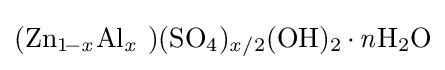
{(\mathrm {Zn} {\vphantom {A}}_{\smash[{t}]{1\!-{\mathit {x}}}}\mathrm {Al} {\vphantom {A}}_{\smash[{t}]{\mathit {x}}}~)(\mathrm {SO} {\vphantom {A}}_{\smash[{t}]{4}}){\vphantom {A}}_{\smash[{t}]{{\mathit {x}}/2}}(\mathrm {OH} ){\vphantom {A}}_{\smash[{t}]{2}}\,{\cdot }\,{\mathit {n}}\mathrm {H} {\vphantom {A}}_{\smash[{t}]{2}}\mathrm {O} }